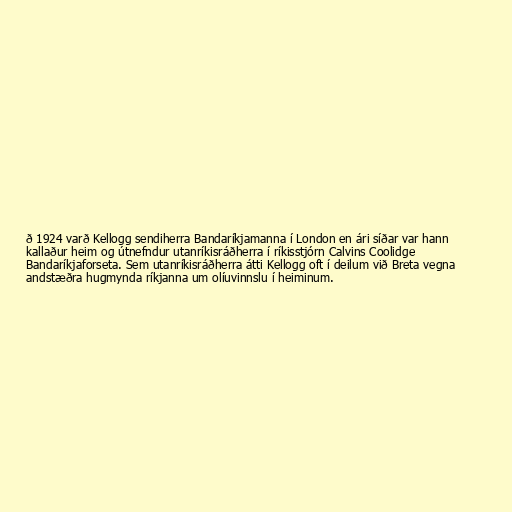
ð 1924 varð Kellogg sendiherra Bandaríkjamanna í London en ári síðar var hann
kallaður heim og útnefndur utanríkisráðherra í ríkisstjórn Calvins Coolidge
Bandaríkjaforseta. Sem utanríkisráðherra átti Kellogg oft í deilum við Breta vegna
andstæðra hugmynda ríkjanna um olíuvinnslu í heiminum.